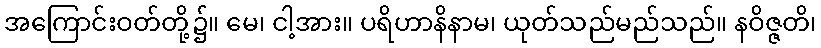
အကြောင်းဝတ်တို့၌။ မေ၊ ငါ့အား။ ပရိဟာနိနာမ၊ ယုတ်သည်မည်သည်။ နဝိဇ္ဇတိ၊